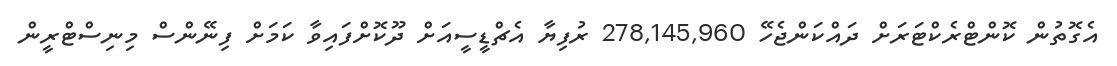
އެގޮތުން ކޮންޓްރެކްޓަރަށް ދައްކަންޖެހޭ 278